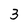
Character: 3